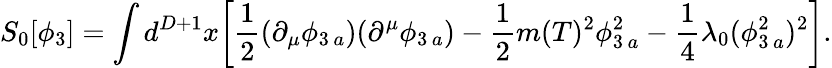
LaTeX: S_{0}[\phi_{3}]=\int d^{D+1}x\biggl[\frac{1}{2}(\partial_{\mu}\phi_{3\, a})(\partial^{\mu}\phi_{3\, a})-\frac{1}{2}m(T)^{2}\phi_{3\, a}^{2}-\frac{1}{4}\lambda_{0}(\phi_{3\, a}^{2})^{2}\biggr].